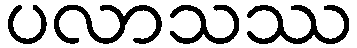
ပလာသဿ